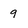
Character: 9